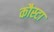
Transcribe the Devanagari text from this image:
कौस्टा